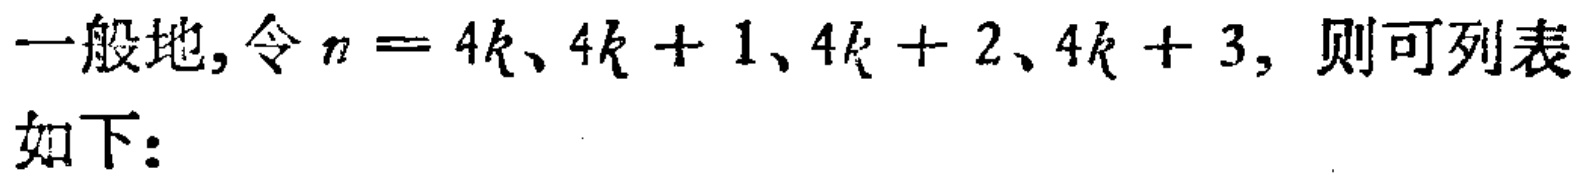
一般地, 令 \(n = 4k、4k + 1、4k + 2、4k + 3,\) 则可列表如下：